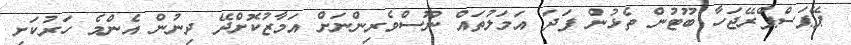
ޕޭޕަސްޕްރޭޖަހާ ބޫޓުން ތެޅުން ފަދަ އަމަލުތައް ނޫސްވެރިންނަށް އަމާޒުކޮށްދޭ ދިނުން އެންމެ ހަރުކަށި